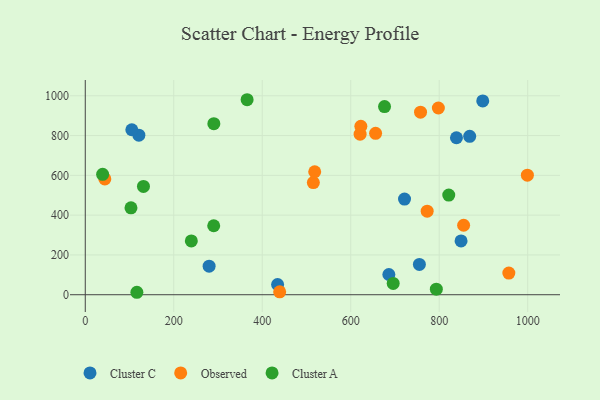
{"axis": {"x": "Engine Size", "y": "Sales"}, "legend": ["Cluster A", "Cluster C", "Observed"], "data": [{"x": "279.9", "y": 143.7, "type": "Cluster C"}, {"x": "898.4", "y": 974.1, "type": "Cluster C"}, {"x": "755.2", "y": 152.5, "type": "Cluster C"}, {"x": "868.9", "y": 795.9, "type": "Cluster C"}, {"x": "434.7", "y": 51.4, "type": "Cluster C"}, {"x": "839.0", "y": 788.9, "type": "Cluster C"}, {"x": "121.1", "y": 801.7, "type": "Cluster C"}, {"x": "849.4", "y": 270.5, "type": "Cluster C"}, {"x": "721.6", "y": 480.7, "type": "Cluster C"}, {"x": "686.2", "y": 101.6, "type": "Cluster C"}, {"x": "105.2", "y": 829.3, "type": "Cluster C"}, {"x": "855.2", "y": 349.3, "type": "Observed"}, {"x": "439.4", "y": 14.5, "type": "Observed"}, {"x": "999.3", "y": 600.8, "type": "Observed"}, {"x": "957.4", "y": 109.0, "type": "Observed"}, {"x": "515.5", "y": 563.6, "type": "Observed"}, {"x": "621.2", "y": 806.9, "type": "Observed"}, {"x": "518.6", "y": 618.2, "type": "Observed"}, {"x": "757.8", "y": 917.6, "type": "Observed"}, {"x": "622.9", "y": 846.7, "type": "Observed"}, {"x": "44.2", "y": 581.8, "type": "Observed"}, {"x": "798.1", "y": 938.4, "type": "Observed"}, {"x": "772.8", "y": 419.8, "type": "Observed"}, {"x": "656.2", "y": 811.3, "type": "Observed"}, {"x": "103.3", "y": 436.7, "type": "Cluster A"}, {"x": "821.6", "y": 500.8, "type": "Cluster A"}, {"x": "39.2", "y": 605.3, "type": "Cluster A"}, {"x": "365.8", "y": 980.1, "type": "Cluster A"}, {"x": "676.4", "y": 945.9, "type": "Cluster A"}, {"x": "696.0", "y": 56.9, "type": "Cluster A"}, {"x": "290.6", "y": 859.9, "type": "Cluster A"}, {"x": "290.3", "y": 346.6, "type": "Cluster A"}, {"x": "793.5", "y": 28.1, "type": "Cluster A"}, {"x": "116.6", "y": 12.3, "type": "Cluster A"}, {"x": "131.5", "y": 544.2, "type": "Cluster A"}, {"x": "239.7", "y": 270.2, "type": "Cluster A"}]}